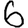
Digit: 6